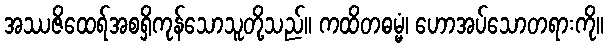
အဿဇိထေရ်အစရှိကုန်သောသူတို့သည်။ ကထိတဓမ္မံ၊ ဟောအပ်သောတရားကို။